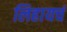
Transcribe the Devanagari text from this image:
लिहायचं